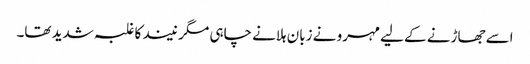
اسے جھاڑنے کے لیے مہرو نے زبان ہلانے چاہی مگر نیند کا غلبہ شدید تھا۔